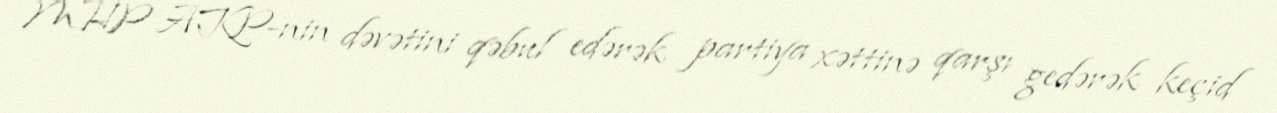
MHP AKP-nin dəvətini qəbul edərək partiya xəttinə qarşı gedərək keçid